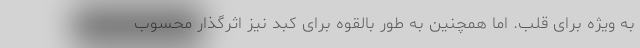
به ویژه برای قلب. اما همچنین به طور بالقوه برای کبد نیز اثرگذار محسوب